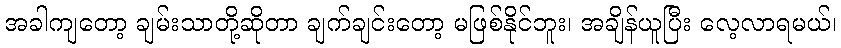
အခါကျတော့ ချမ်းသာတို့ဆိုတာ ချက်ချင်းတော့ မဖြစ်နိုင်ဘူး၊ အချိန်ယူပြီး လေ့လာရမယ်၊